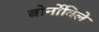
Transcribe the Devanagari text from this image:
बोर्नोविले